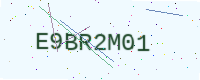
Text: E9BR2M01